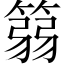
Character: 篛